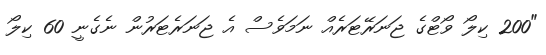
"200 ކިލޯ ވޯޓްގެ ޖަނަރޭޓަރެއް ނަމަވެސް އެ ޖަނަރެޓަރުން ނެގެނީ 60 ކިލޯ